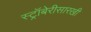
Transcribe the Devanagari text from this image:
स्ट्रॉबेरीसारखी